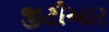
જીટીઆર